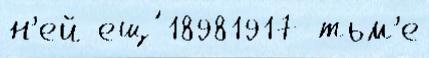
н'ей ещ́ 18981917 тьм'е